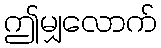
ဤမျှလောက်